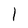
Character: l